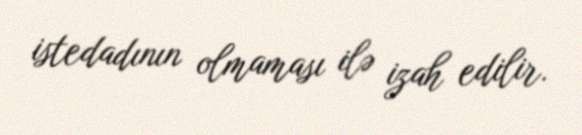
istedadının olmaması ilə izah edilir.